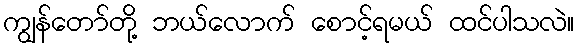
ကျွန်တော်တို့ ဘယ်လောက် စောင့်ရမယ် ထင်ပါသလဲ။